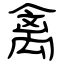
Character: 禽